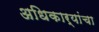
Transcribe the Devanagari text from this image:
अधिकार्‍यांचा